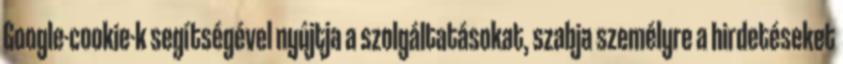
Google-cookie-k segítségével nyújtja a szolgáltatásokat, szabja személyre a hirdetéseket